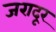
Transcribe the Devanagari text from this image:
जरादूर